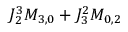
J _ { 2 } ^ { 3 } M _ { 3 , 0 } + J _ { 3 } ^ { 2 } M _ { 0 , 2 }